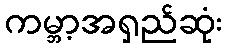
ကမ္ဘာ့အရှည်ဆုံး